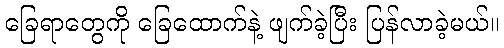
ခြေရာတွေကို ခြေထောက်နဲ့ ဖျက်ခဲ့ပြီး ပြန်လာခဲ့မယ်။